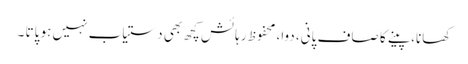
کھانا، پینے کا صاف پانی، دوا، محفوظ رہائش کچھ بھی دستیاب نہیں ہو پاتا ۔